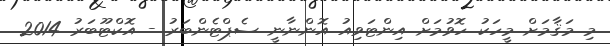
މި މަޤާމަށް މީހަކު ހޮވުމަށް އިންޓަވިއު އޮންނާނީ ސެޕްޓެންބަރު - އޮކްޓޫބަރު 2014